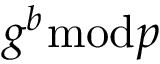
g ^ { b } { \bmod { p } }